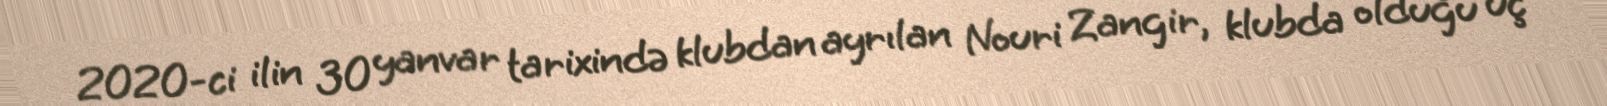
2020-ci ilin 30 yanvar tarixində klubdan ayrılan Nouri Zangir, klubda olduğu üç